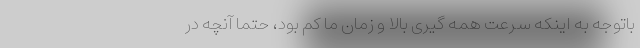
باتوجه به اینکه سرعت همه گیری بالا و زمان ما کم بود، حتما آنچه در